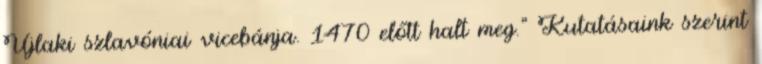
Újlaki szlavóniai vicebánja. 1470 előtt halt meg." Kutatásaink szerint